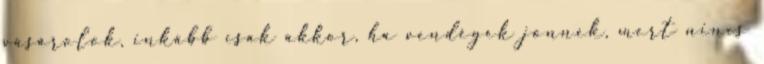
vásárolok, inkább csak akkor, ha vendégek jönnek, mert nincs